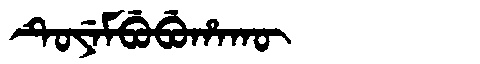
Manchu: ᡨᡠᠶᡝᠮᠪᡠᠪᡠᡥᠠᡴᡡ
Romanization: TUYEMBUBUHAKŪ